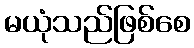
မယုံသည်ဖြစ်စေ